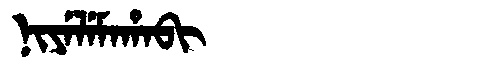
Manchu: ᠨᡳᠶᡝᠯᡝᠮᠠᡥᠠᠪᡳ
Romanization: NIYELEMAHABI